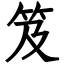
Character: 笈